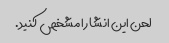
لحن این انشا را مشخص کنید.